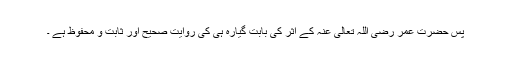
پس حضرت عمر رضی اللہ تعالی عنہ کے اثر کی بابت گیارہ ہی کی روایت صحیح اور ثابت و محفوظ ہے ۔